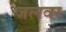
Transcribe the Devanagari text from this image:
जलवर